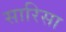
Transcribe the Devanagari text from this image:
सारिसा